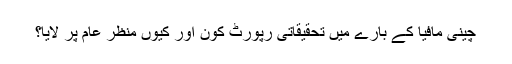
چینی مافیا کے بارے میں تحقیقاتی رپورٹ کون اور کیوں منظر عام پر لایا؟